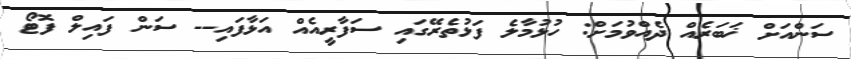
ސަންއަށް ޚަބަރެއް ދެއްވުމަށް: ހުޅުމާލެ ފަޅުތެރޭގައި ސަފާރީއެއް އަޅާފައި-- ސަން ފައިލް ފޮޓޯ